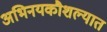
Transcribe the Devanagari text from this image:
अभिनयकौशल्यात